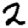
Digit: 2